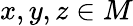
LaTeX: x,y,z\in M